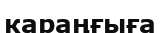
караңғыға